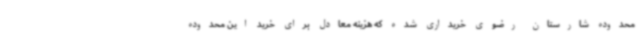
محدوده شارستان رضوی خریداری شده که هزینه معادل برای خرید این محدوده